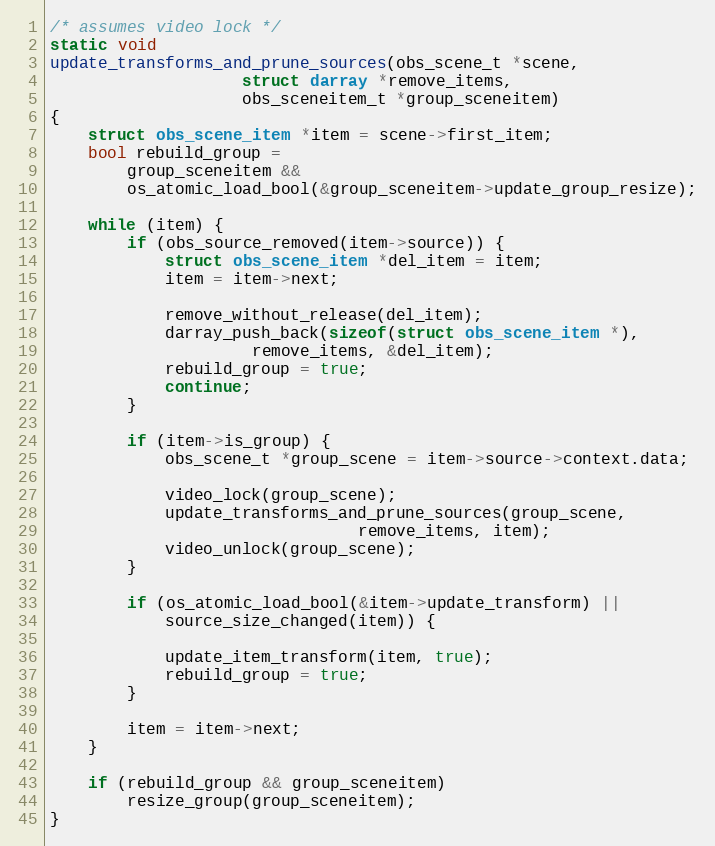
Language: C
/* assumes video lock */
static void
update_transforms_and_prune_sources(obs_scene_t *scene,
				    struct darray *remove_items,
				    obs_sceneitem_t *group_sceneitem)
{
	struct obs_scene_item *item = scene->first_item;
	bool rebuild_group =
		group_sceneitem &&
		os_atomic_load_bool(&group_sceneitem->update_group_resize);

	while (item) {
		if (obs_source_removed(item->source)) {
			struct obs_scene_item *del_item = item;
			item = item->next;

			remove_without_release(del_item);
			darray_push_back(sizeof(struct obs_scene_item *),
					 remove_items, &del_item);
			rebuild_group = true;
			continue;
		}

		if (item->is_group) {
			obs_scene_t *group_scene = item->source->context.data;

			video_lock(group_scene);
			update_transforms_and_prune_sources(group_scene,
							    remove_items, item);
			video_unlock(group_scene);
		}

		if (os_atomic_load_bool(&item->update_transform) ||
		    source_size_changed(item)) {

			update_item_transform(item, true);
			rebuild_group = true;
		}

		item = item->next;
	}

	if (rebuild_group && group_sceneitem)
		resize_group(group_sceneitem);
}